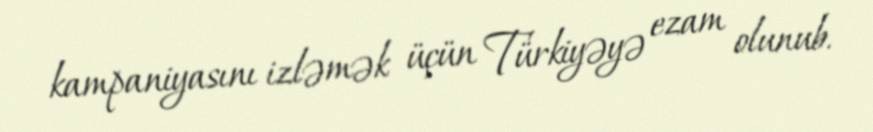
kampaniyasını izləmək üçün Türkiyəyə ezam olunub.